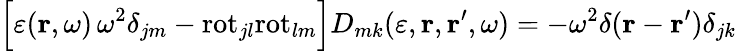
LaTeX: \Bigl[\varepsilon({\mathbf r},\omega)\, \omega^{2}\delta_{jm}-\mathrm{rot}_{jl}\mathrm{rot}_{lm}\Bigr]D_{mk}(\varepsilon,{\mathbf r},{\mathbf r}^{\prime},\omega)=-\omega^{2}\delta({\mathbf r}-{\mathbf r}^{\prime})\delta_{jk}